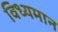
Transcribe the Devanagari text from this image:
विध्‍यमान